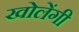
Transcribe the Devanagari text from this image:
खोलेंगी